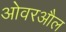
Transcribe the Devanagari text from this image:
ओवरऔल